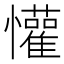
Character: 懽